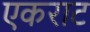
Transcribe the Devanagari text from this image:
एकराट